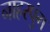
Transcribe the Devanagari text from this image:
नाहरपुंग